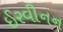
ઈરવીનન